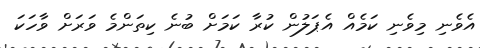
އެވެނި މިވެނި ކަމެއް އެޕަލުން ކުރާ ކަމަށް ބުނެ ކިތަންމެ ވަރަށް ވާހަކަ